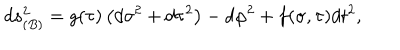
d s _ { ( B ) } ^ { 2 } = g ( \tau ) \left( d \sigma ^ { 2 } + d \tau ^ { 2 } \right) - d \varphi ^ { 2 } + f ( \sigma , \tau ) d t ^ { 2 } ,